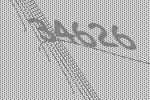
34626